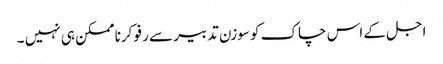
اجل کے اس چاک کو سوزن تدبیر سے رفو کرنا ممکن ہی نہیں ۔